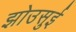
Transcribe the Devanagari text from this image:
झोउसुई